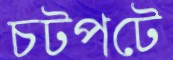
চটপটে